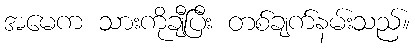
အမေက သားကိုချီပြီး တစ်ချက်နမ်းသည်။